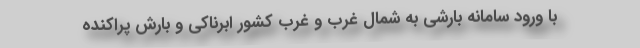
با ورود سامانه بارشی به شمال غرب و غرب کشور ابرناکی و بارش پراکنده